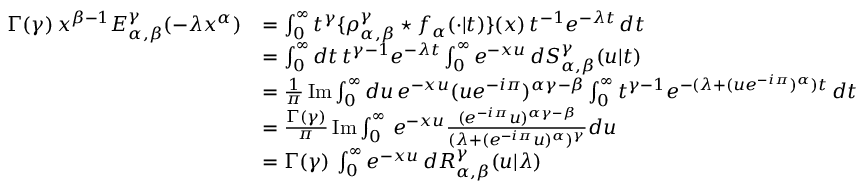
\begin{array} { r l } { \Gamma ( \gamma ) \, x ^ { \beta - 1 } E _ { \alpha , \beta } ^ { \gamma } ( - \lambda x ^ { \alpha } ) } & { = \int _ { 0 } ^ { \infty } t ^ { \gamma } \{ \rho _ { \alpha , \beta } ^ { \gamma } \star f _ { \alpha } ( \cdot \vert t ) \} ( x ) \, t ^ { - 1 } e ^ { - \lambda t } \, d t } \\ & { = \int _ { 0 } ^ { \infty } d t \, t ^ { \gamma - 1 } e ^ { - \lambda t } \int _ { 0 } ^ { \infty } e ^ { - x u } \, d S _ { \alpha , \beta } ^ { \gamma } ( u \vert t ) } \\ & { = \frac { 1 } { \pi } \, \mathrm { I m } \int _ { 0 } ^ { \infty } d u \, e ^ { - x u } ( u e ^ { - i \pi } ) ^ { \alpha \gamma - \beta } \int _ { 0 } ^ { \infty } t ^ { \gamma - 1 } e ^ { - ( \lambda + ( u e ^ { - i \pi } ) ^ { \alpha } ) t } \, d t } \\ & { = \frac { \Gamma ( \gamma ) } { \pi } \, \mathrm { I m } \int _ { 0 } ^ { \infty } \, e ^ { - x u } \frac { ( e ^ { - i \pi } u ) ^ { \alpha \gamma - \beta } } { ( \lambda + ( e ^ { - i \pi } u ) ^ { \alpha } ) ^ { \gamma } } d u } \\ & { = \Gamma ( \gamma ) \, \int _ { 0 } ^ { \infty } e ^ { - x u } \, d R _ { \alpha , \beta } ^ { \gamma } ( u \vert \lambda ) } \end{array}